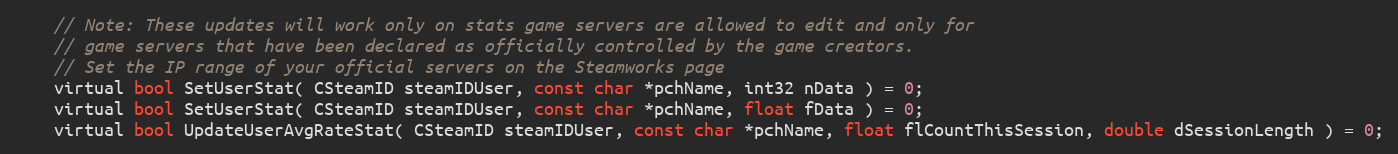
Language: C
	// Note: These updates will work only on stats game servers are allowed to edit and only for
	// game servers that have been declared as officially controlled by the game creators.
	// Set the IP range of your official servers on the Steamworks page
	virtual bool SetUserStat( CSteamID steamIDUser, const char *pchName, int32 nData ) = 0;
	virtual bool SetUserStat( CSteamID steamIDUser, const char *pchName, float fData ) = 0;
	virtual bool UpdateUserAvgRateStat( CSteamID steamIDUser, const char *pchName, float flCountThisSession, double dSessionLength ) = 0;